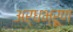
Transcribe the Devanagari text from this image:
अर्धभ्रूण